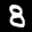
Label: 8